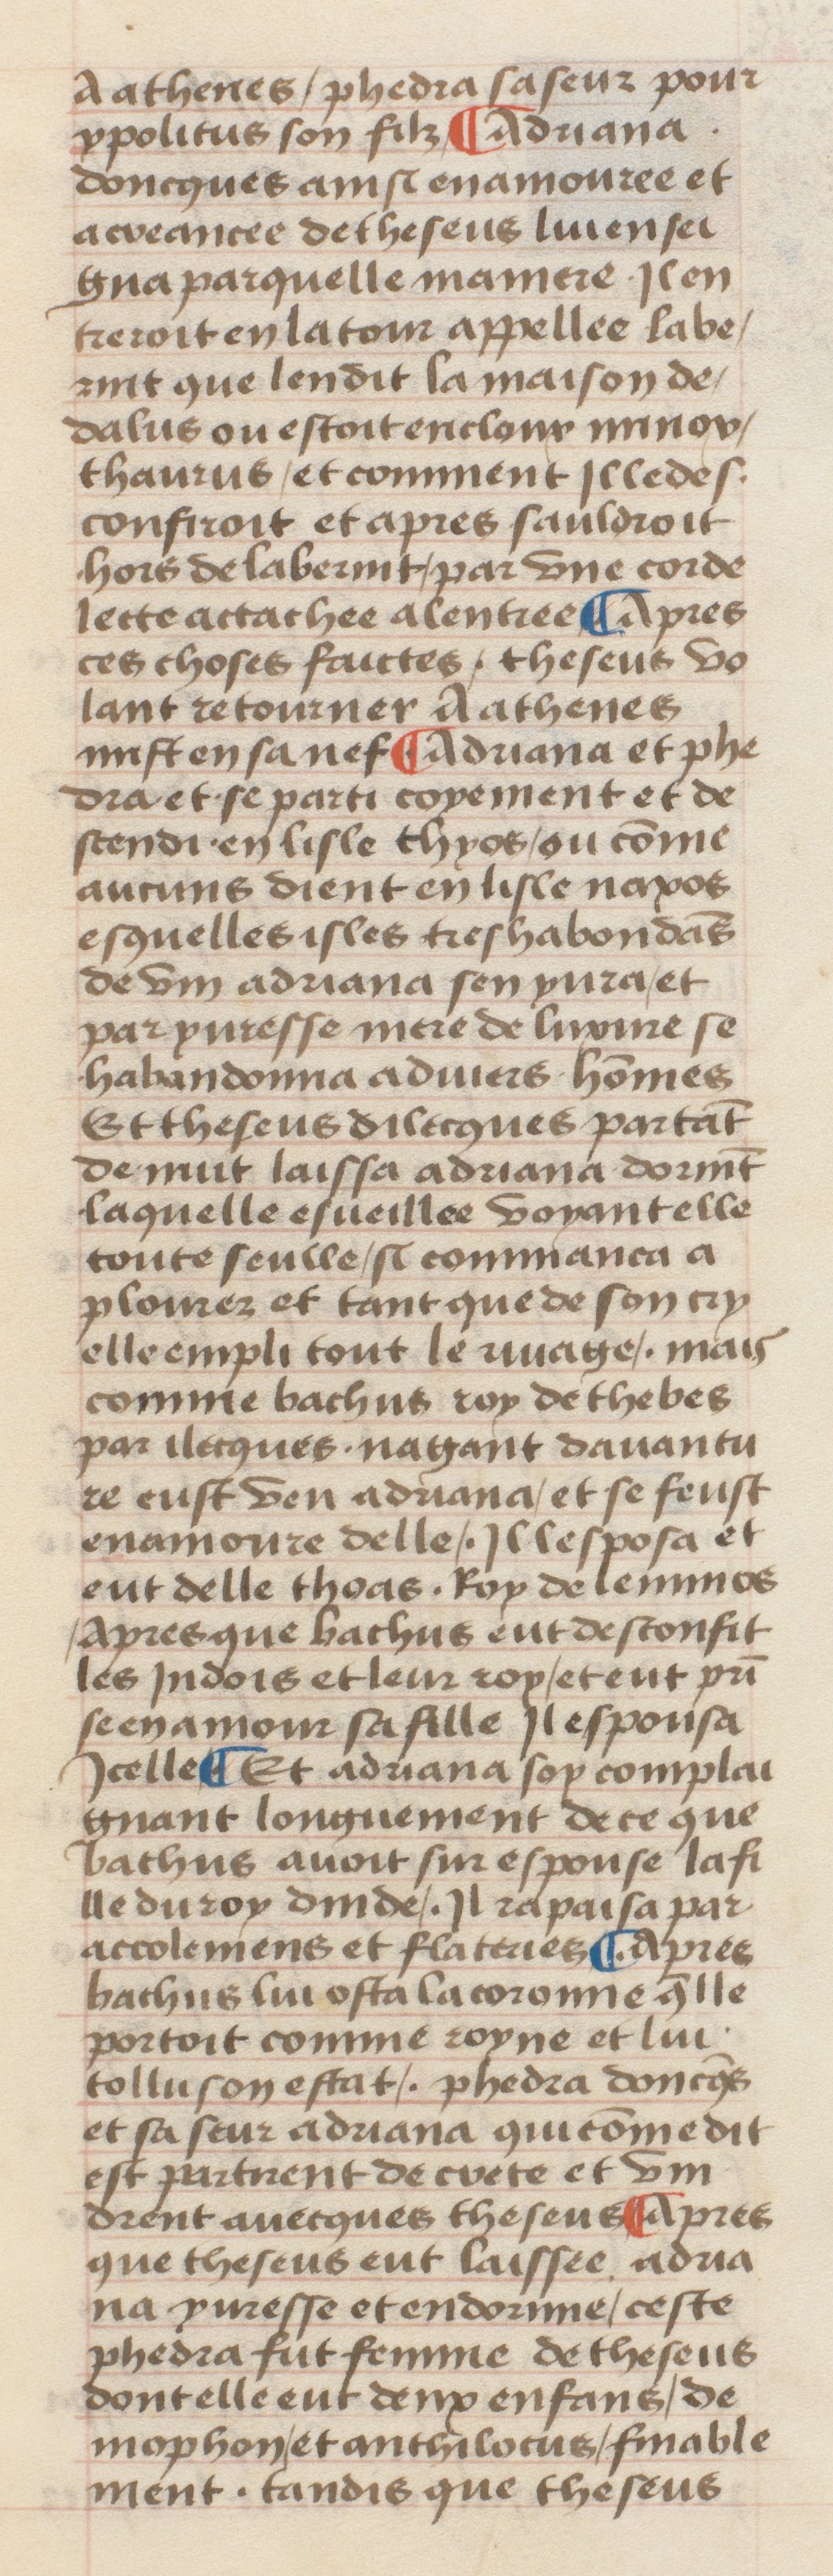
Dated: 1400–1499